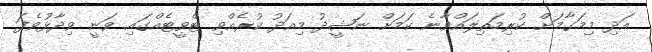
އަދި މިމަގާމަށް ކުރިމަތިލައްވާނެ ކަަމަށް ނަޝީދު މިއަދު ކުރެއްވި ޓްވީޓެއްގައި ވަނީ ވިދާޅުވެފަ